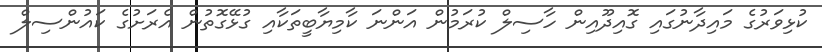
ކުޅިވަރުގެ މައިދާނުގައި ގޮއިދޫއިން ހާސިލް ކުރަމުން އަންނަ ކާމިޔާބީތަކާއި ގުޅޭގޮތުން އެރަށުގެ ކައުންސިލް